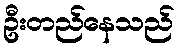
ဦးတည်နေသည်